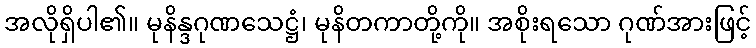
အလိုရှိပါ၏။ မုနိန္ဒဂုဏသေဋ္ဌံ၊ မုနိတကာတို့ကို။ အစိုးရသော ဂုဏ်အားဖြင့်